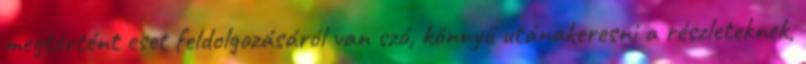
megtörtént eset feldolgozásáról van szó, könnyű utánakeresni a részleteknek,